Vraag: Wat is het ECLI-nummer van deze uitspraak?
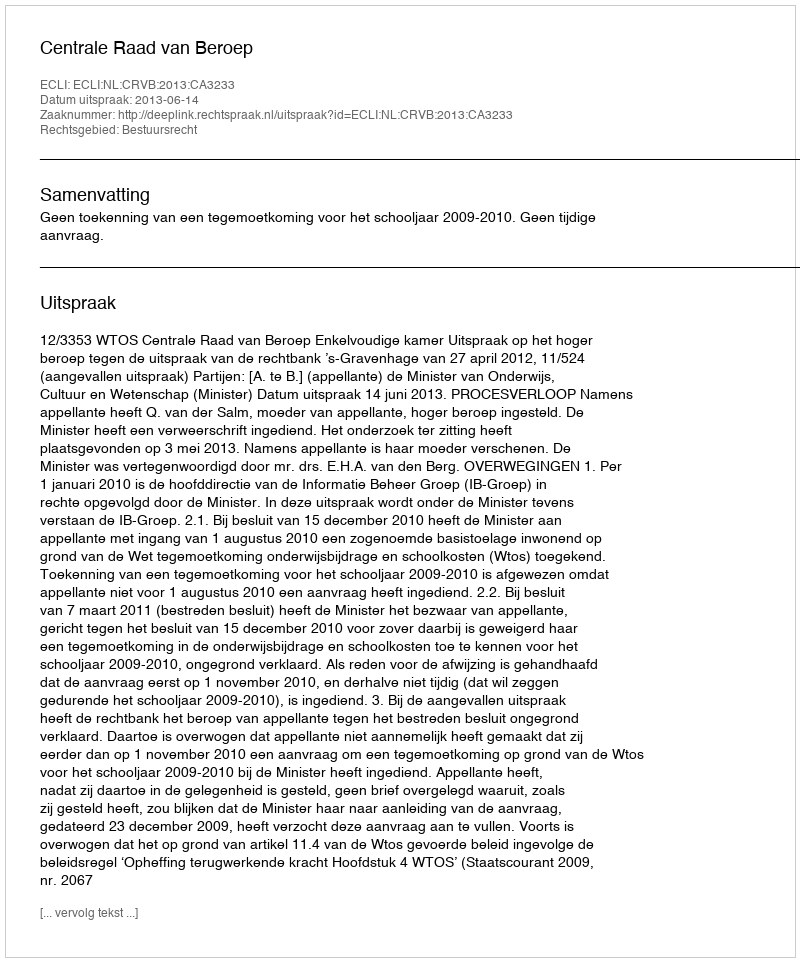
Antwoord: ECLI:NL:CRVB:2013:CA3233